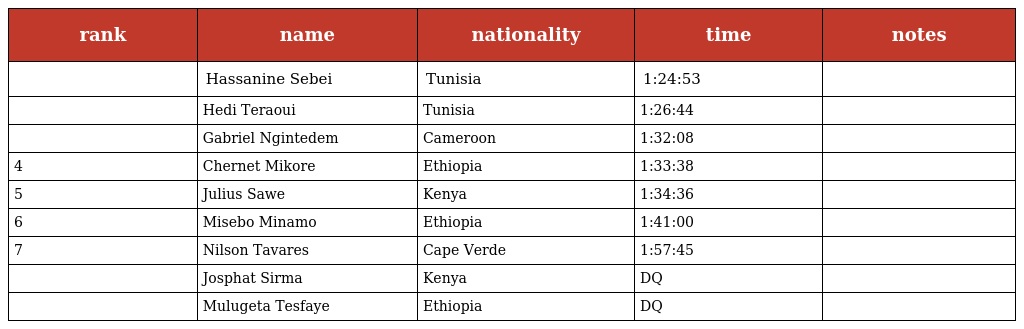
| rank | name | nationality | time | notes |
 | --- | --- | --- | --- | --- |
 |  | Hassanine Sebei | Tunisia | 1:24:53 |  |
 |  | Hedi Teraoui | Tunisia | 1:26:44 |  |
 |  | Gabriel Ngintedem | Cameroon | 1:32:08 |  |
 | 4 | Chernet Mikore | Ethiopia | 1:33:38 |  |
 | 5 | Julius Sawe | Kenya | 1:34:36 |  |
 | 6 | Misebo Minamo | Ethiopia | 1:41:00 |  |
 | 7 | Nilson Tavares | Cape Verde | 1:57:45 |  |
 |  | Josphat Sirma | Kenya | DQ |  |
 |  | Mulugeta Tesfaye | Ethiopia | DQ |  |